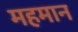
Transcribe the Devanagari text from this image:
महमान